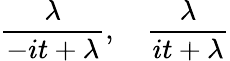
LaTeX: {\frac{\lambda}{-it+\lambda}},\quad{\frac{\lambda}{it+\lambda}}